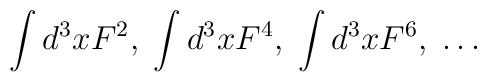
\int d^3xF^2,\;\int d^3xF^4,\;\int d^3xF^6,\;\ldots